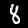
Label: 8